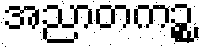
အညာတကဉ္စ